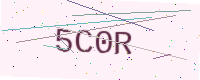
Text: 5C0R